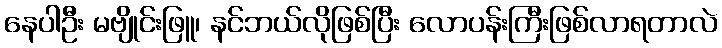
နေပါဦး မဗျိုင်းဖြူ၊ နင်ဘယ်လိုဖြစ်ပြီး လောပန်းကြီးဖြစ်လာရတာလဲ